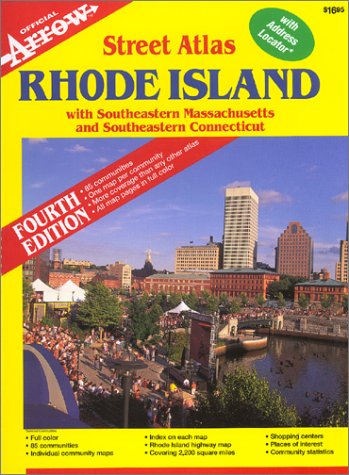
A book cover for Rhode Island Street Atlas (Official Arrow Street Atlas); Inc. Arrow Map; Travel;